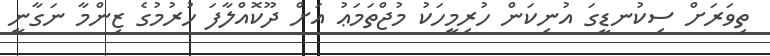
ތިވަރަށް ސިކުނޑީގަ އުނިކަން ހުރިމީހަކު މުޖްތަމަޢު އަށް ދޫކޮއްލާފަ ހުރުމުގެ ޒިންމާ ނަގާނީ